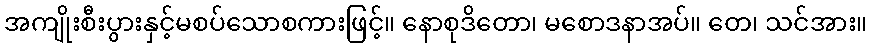
အကျိုးစီးပွားနှင့်မစပ်သောစကားဖြင့်။ နောစုဒိတော၊ မစောဒနာအပ်။ တေ၊ သင်အား။